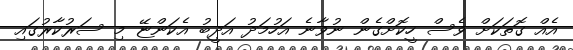
އެއް ގޮތަކަށް ވެސް ހީކޮށްގެން ނުވާނެ އަހުމަދު އަދީބު އެކަންޏޭ މި ސަރުކާރުގައި